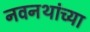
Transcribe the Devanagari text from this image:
नवनथांच्या